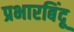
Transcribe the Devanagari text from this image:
प्रभारबिंदू